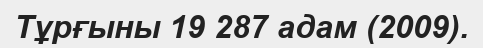
Тұрғыны 19 287 адам (2009).